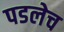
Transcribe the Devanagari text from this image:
पडलेच